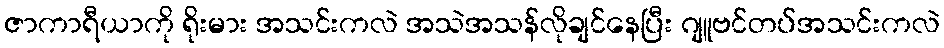
ဇာကာရီယာကို ရိုးမား အသင်းကလဲ အသဲအသန်လိုချင်နေပြီး ဂျူဗင်တပ်အသင်းကလဲ